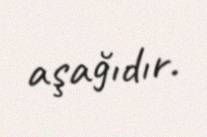
aşağıdır.